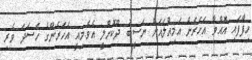
ހިފާފައި އޮއްވާ އަހަރެން އަމިއްލައަށް ނަސީބު ދޫކޮށްލީ އެވެ.މިއީ އަހަރެންގެ ހަސަދަ ވެރި